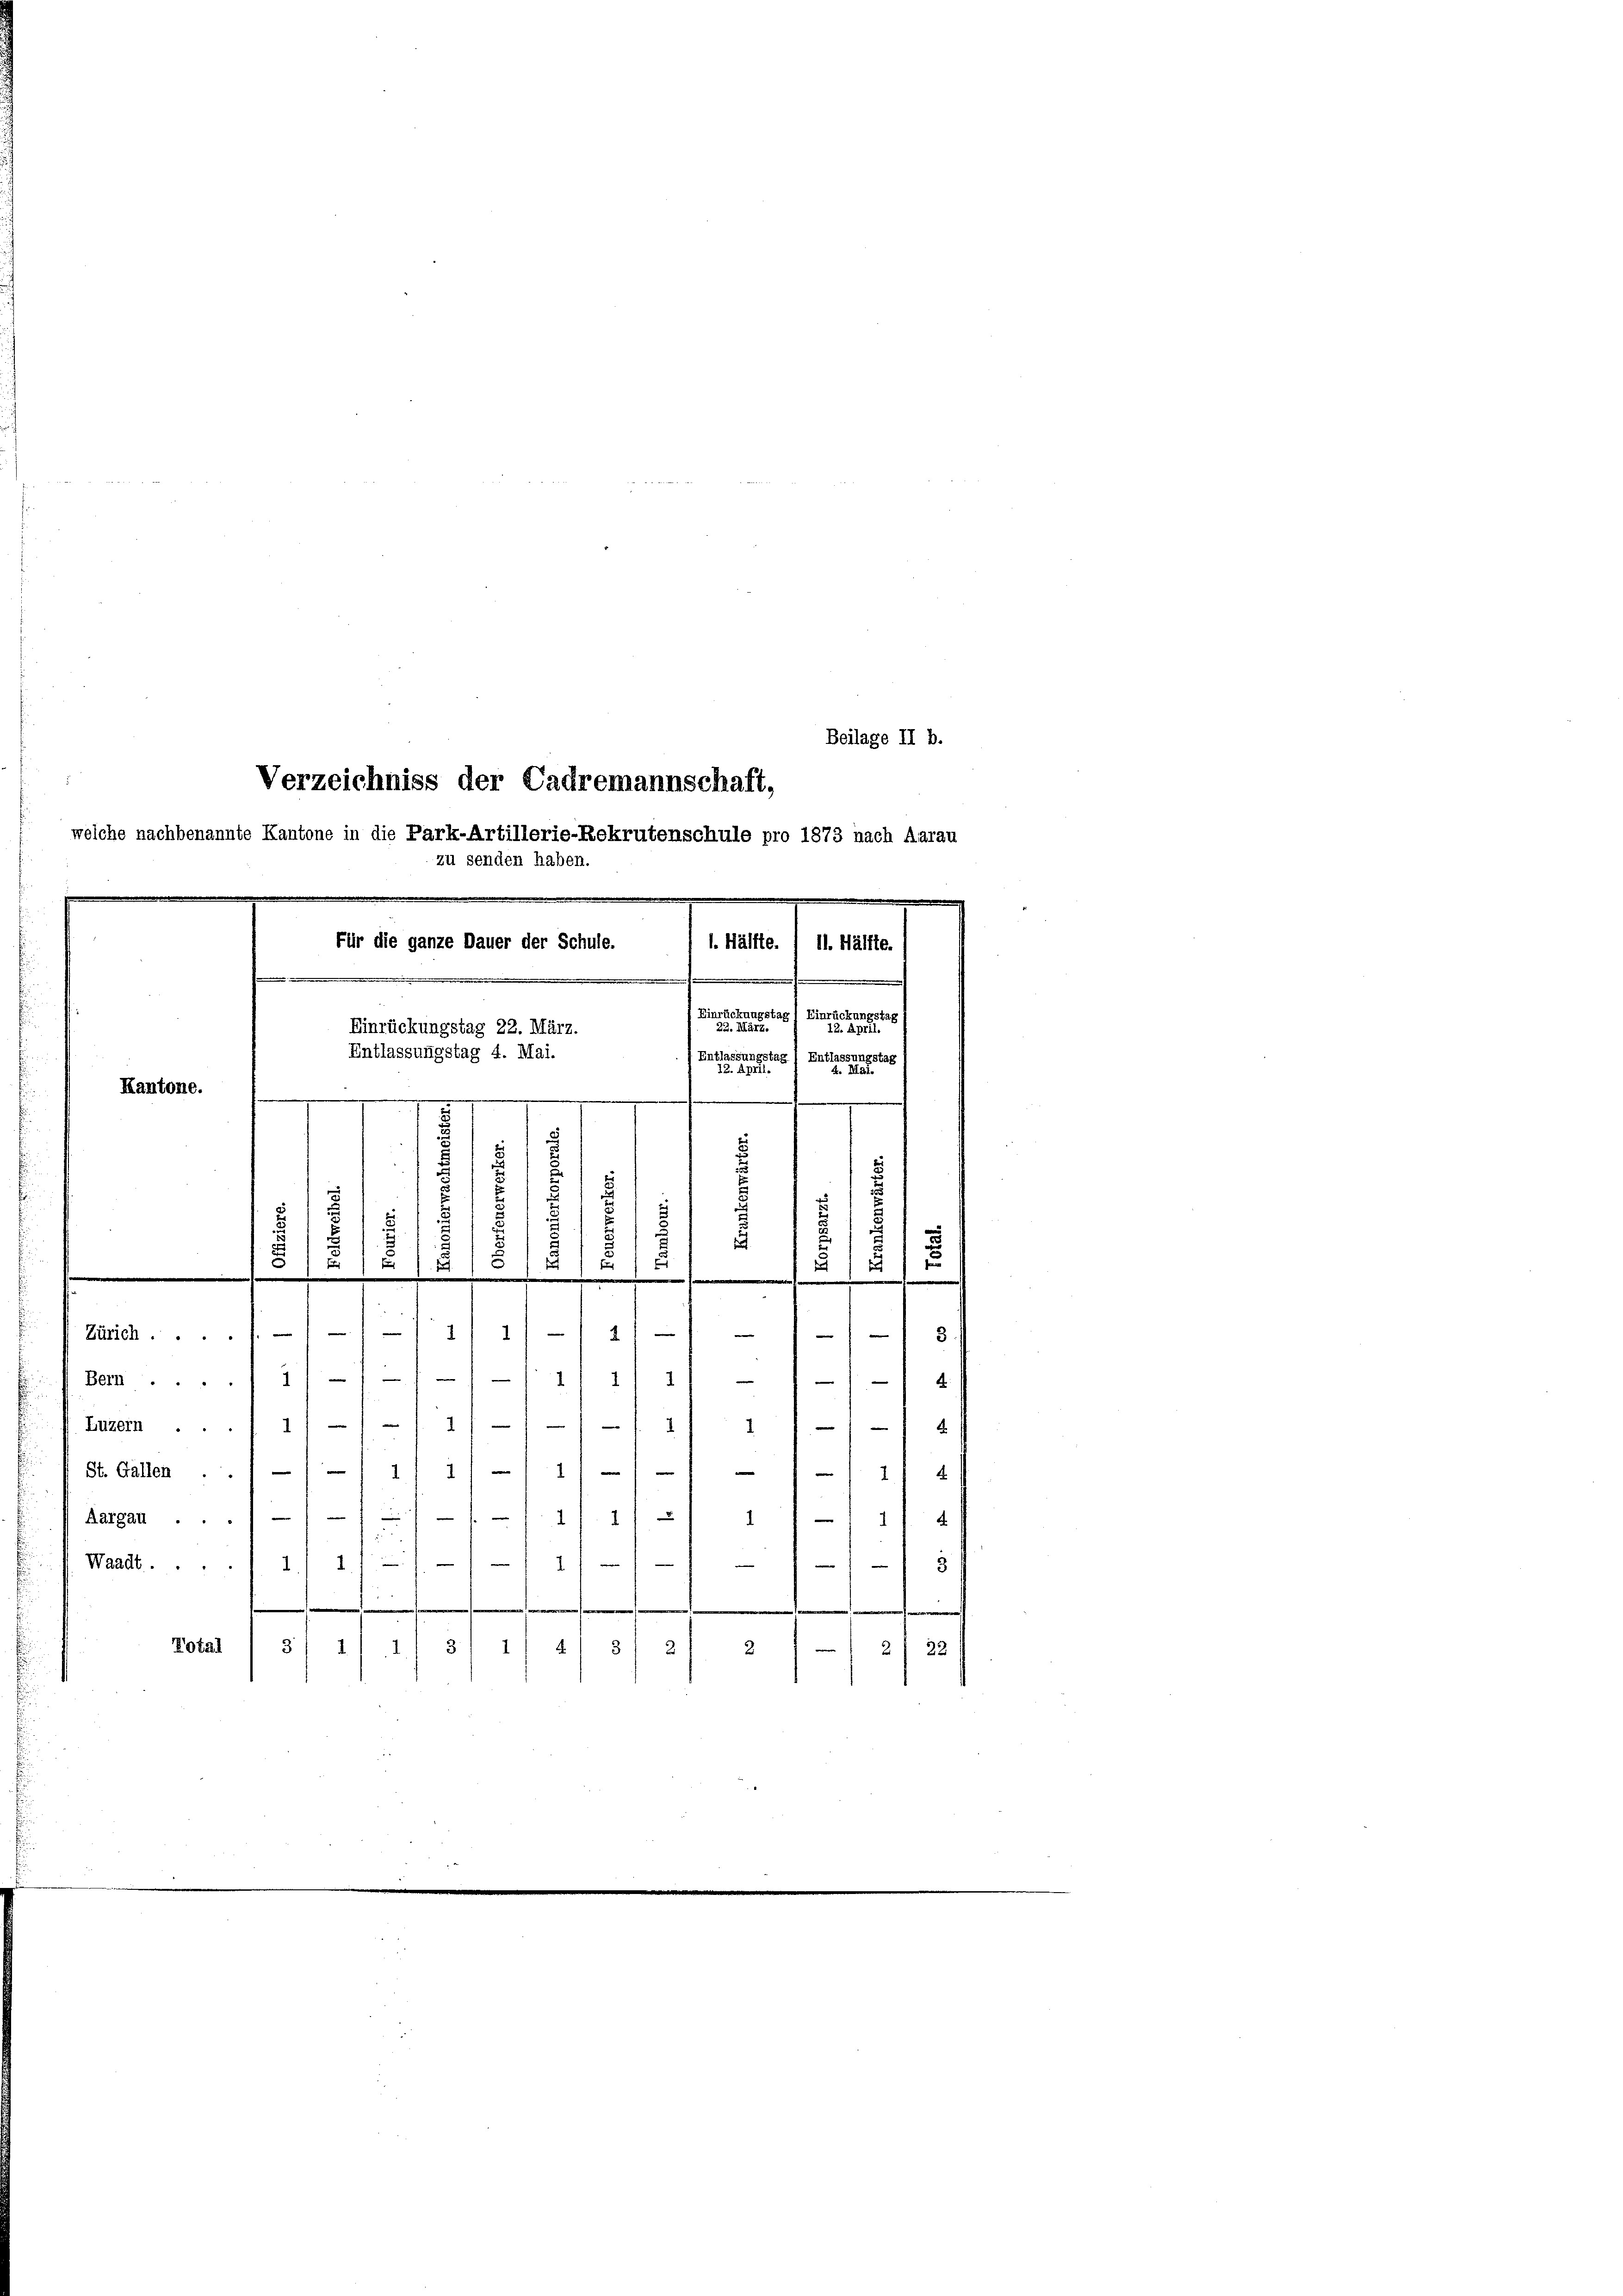
Kantone.

Bern ....

welche nachbenannte Kantone in die Park-Artillerie-Rekrutenschule pro 1873 nach Aarau
zu senden haben.
Für die ganze Dauer der Schule.

e

e
s
i
u
.
e
.
d
—
Zürich. f. 1 1/ 1/ 1 1/
 3
e
2
" 4.
Luzern ..11/// 1/// -/ 11 1 1/1 4 f
St. Gallen .. / —111/11 - 11 - 11
11 x
.
¬
1
4
1
Aargau ...///
1 f 4
1
d
e
3
Waadt.1) 11
.
.
Total
2
3) 111) 3) 11 41 § 2

2) 22

Verzeichniss der Cadremannschaft,

Einrückungstag 22. März.
d
Entlassungstag 4. Mai.
e

.

u
.
d
u
2
.
1
4
.
2

Beilage II b.

l. Hälfte. / 11. Hälfte.
) Einrückungstag 1 Einrücken
22. März.
 Butter
5.) Ein-
assungstag

s
u
1
2)
e
.

12. Apri